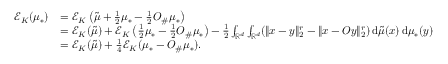
\begin{array} { r l } { \mathcal E _ { K } ( \mu _ { * } ) } & { = \mathcal E _ { K } \left( \tilde { \mu } + \frac 1 2 \mu _ { * } - \frac 1 2 O _ { \# } \mu _ { * } \right) } \\ & { = \mathcal E _ { K } ( \tilde { \mu } ) + \mathcal E _ { K } \left( \frac 1 2 \mu _ { * } - \frac 1 2 O _ { \# } \mu _ { * } \right) - \frac 1 2 \int _ { \mathbb { R } ^ { d } } \int _ { \mathbb { R } ^ { d } } ( \| x - y \| _ { 2 } ^ { r } - \| x - O y \| _ { 2 } ^ { r } ) \, \mathrm { d } \tilde { \mu } ( x ) \, \mathrm { d } \mu _ { * } ( y ) } \\ & { = \mathcal E _ { K } ( \tilde { \mu } ) + \frac 1 4 \mathcal E _ { K } ( \mu _ { * } - O _ { \# } \mu _ { * } ) . } \end{array}